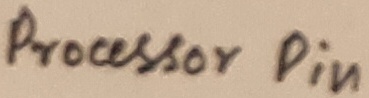
Text: Processor Pin